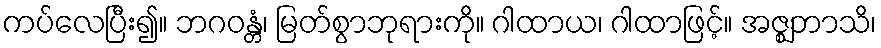
ကပ်လေပြီး၍။ ဘဂဝန္တံ၊ မြတ်စွာဘုရားကို။ ဂါထာယ၊ ဂါထာဖြင့်။ အဇ္ဈဘာသိ၊